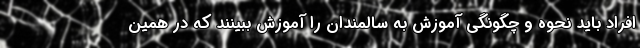
افراد باید نحوه و چگونگی آموزش به سالمندان را آموزش ببینند که در همین